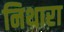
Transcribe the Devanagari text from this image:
निथारा